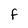
Character: f